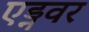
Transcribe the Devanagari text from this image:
एड्नवर